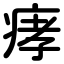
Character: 痚